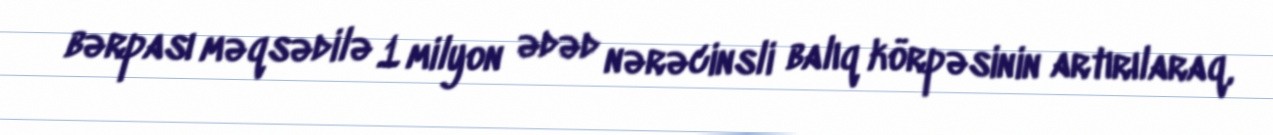
bərpası məqsədilə 1 milyon ədəd nərəcinsli balıq körpəsinin artırılaraq,